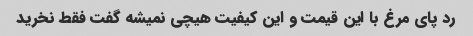
رد پای مرغ با این قیمت و این کیفیت هیچی نمیشه گفت فقط نخرید